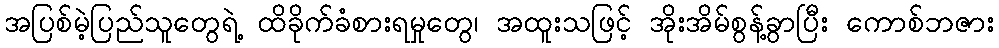
အပြစ်မဲ့ပြည်သူတွေရဲ့ ထိခိုက်ခံစားရမှုတွေ၊ အထူးသဖြင့် အိုးအိမ်စွန့်ခွာပြီး ကောစ်ဘဇား